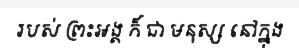
របស់ ព្រះអង្គ ក៏ ជា មនុស្ស នៅក្នុង